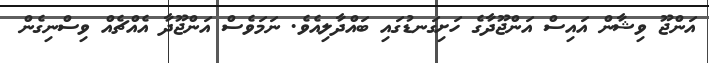
އަންޖޫ ވިޝާން އައިސް އަންޖޫދާގެ ހަށިގަނޑުގައި ބައްދާލިއެވެ. ނަމަވެސް އަންޖޫދާ އެެއްޗެއް ވިސްނިގެން